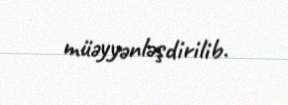
müəyyənləşdirilib.